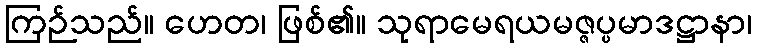
ကြဉ်သည်။ ဟေတ၊ ဖြစ်၏။ သုရာမေရယမဇ္ဇပ္ပမာဒဋ္ဌာနာ၊